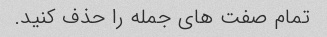
تمام صفت های جمله را حذف کنید.